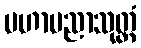
မဟာပညာသုတ္တံ